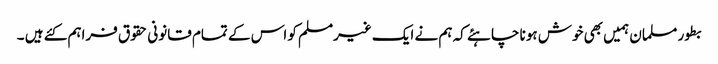
بطور مسلمان ہمیں بھی خوش ہونا چاہئے کہ ہم نے ایک غیرمسلم کو اس کے تمام قانونی حقوق فراہم کئے ہیں ۔